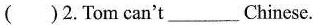
( )2.Tom can't___Chinese.